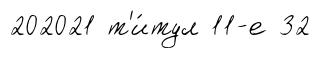
202021 т'и́тул 11-е 32